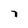
Character: 7